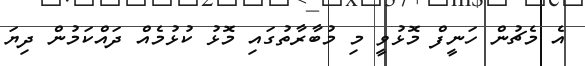
އެ މެޗުން ހަނީފް މޮޅުވީ މި މުބާރާތުގައި މޮޅު ކުޅުމެއް ދައްކަމުން ދިޔަ